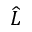
\widehat { L }